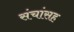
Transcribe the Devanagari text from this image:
संचांसह